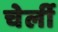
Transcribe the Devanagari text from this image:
चेर्ली